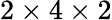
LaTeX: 2\times 4\times 2